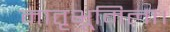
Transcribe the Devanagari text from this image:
मातृभूमिला।